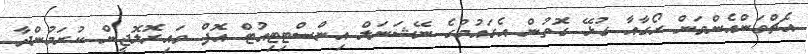
އެޗްވަންއެންވަން ރޯގާއާ ގުޅޭ ގޮތުން އެގައުމުގެ ނޭޝަނަލް އިންސްޓިޓިއުޓް އޮފް ވައިރޮލޮޖީން ކުރަމުންދާ